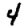
Digit: 4